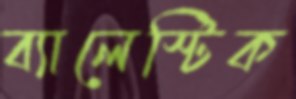
ব্যালেস্টিক